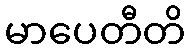
မာပေတီတိ